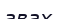
авах